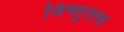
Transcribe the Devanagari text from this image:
विष्णुतत्त्व